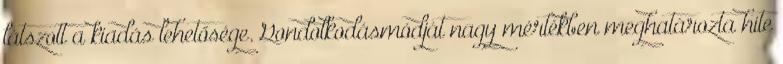
látszott a kiadás lehetősége. Gondolkodásmódját nagy mértékben meghatározta hite